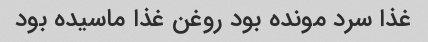
غذا سرد مونده بود روغن غذا ماسیده بود